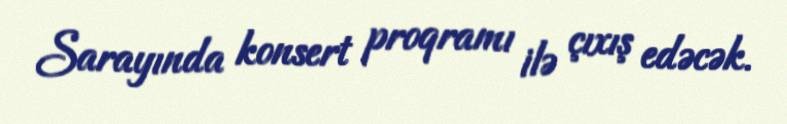
Sarayında konsert proqramı ilə çıxış edəcək.